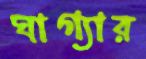
ঘাগ্যার